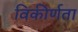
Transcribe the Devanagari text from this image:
विकीर्णता